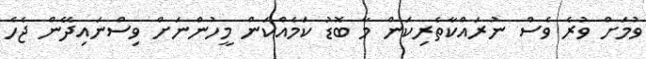
ވުމަށް ވުރެ ވެސް ނުރައްކާތެރިކަން މާ ބޮޑު ކަމެއްކަން މީހުންނަށް ވިސްނައިދޭން ޖެހެ